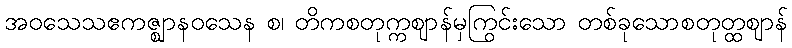
အဝသေသဧကဇ္ဈာနဝသေန စ၊ တိကစတုက္ကဈာန်မှကြွင်းသော တစ်ခုသောစတုတ္ထဈာန်